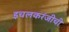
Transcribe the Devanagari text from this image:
इचलकरंजीची